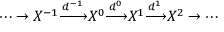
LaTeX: \cdots \to X ^ { - 1 } { \xrightarrow { d ^ { - 1 } } } X ^ { 0 } { \xrightarrow { d ^ { 0 } } } X ^ { 1 } { \xrightarrow { d ^ { 1 } } } X ^ { 2 } \to \cdots